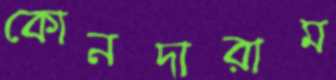
কোনদারাম